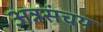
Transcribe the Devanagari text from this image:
अन्नसंचय